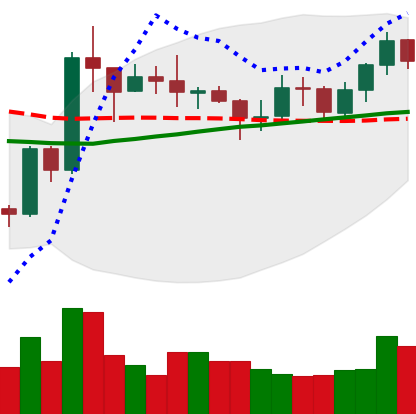
Ticker: XRP-USD
Chart end date: 2020-07-24
Forward return: 19.138%
Label: up_7plus